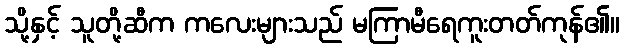
သို့နှင့် သူတို့ဆီက ကလေးများသည် မကြာမီရေကူးတတ်ကုန်၏။